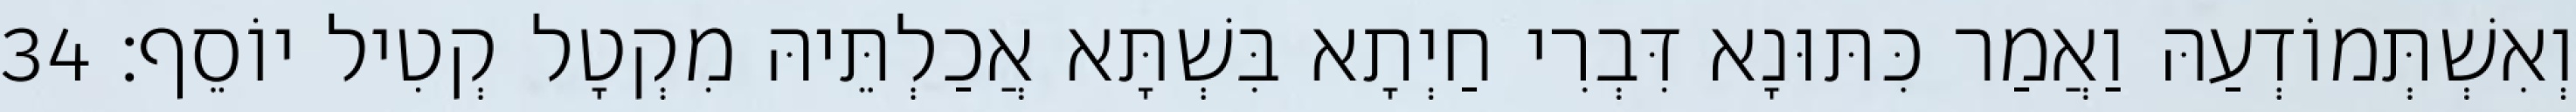
וְאִשְׁתְּמוֹדְעַהּ וַאֲמַר כִּתּוּנָא דִּבְרִי חַיְתָא בִּשְׁתָּא אֲכַלְתֵּיהּ מִקְטָל קְטִיל יוֹסֵף׃ 34